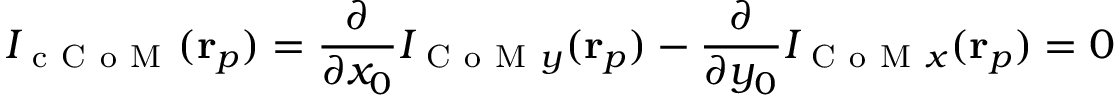
I _ { \mathrm { ~ c ~ C ~ o ~ M ~ } } ( \mathbf { r } _ { p } ) = \frac { \partial } { \partial x _ { 0 } } I _ { \mathrm { ~ C ~ o ~ M ~ } y } ( \mathbf { r } _ { p } ) - \frac { \partial } { \partial y _ { 0 } } I _ { \mathrm { ~ C ~ o ~ M ~ } x } ( \mathbf { r } _ { p } ) = 0